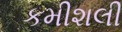
કમીશલી